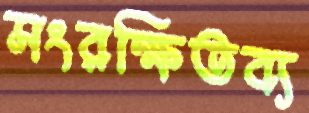
সংরক্ষিতব্য